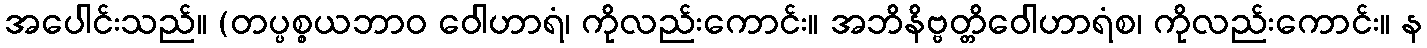
အပေါင်းသည်။ (တပ္ပစ္စယဘာဝ ဝေါဟာရံ၊ ကိုလည်းကောင်း။ အဘိနိဗ္ဗတ္တိဝေါဟာရံစ၊ ကိုလည်းကောင်း။ န